Lunatic asylums in Bengal annual reports 1912-1924 - 1912-1924
Year: 1912
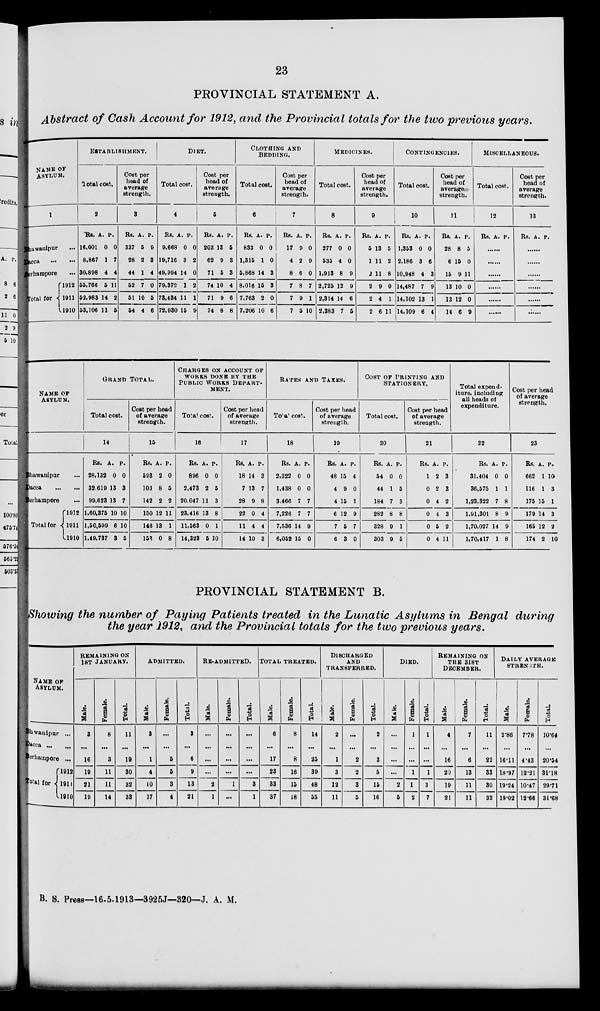
23
PROVINCIAL STATEMENT A.
Abstract of Cash Account for 1912, and the Provincial totals for the two previous years.
NAME OF
ASYLUM.
1
Bhawanipur ...
Dacca
...
...
Berhampore ...
Total for
1912
1911
1910
ESTABLISHMENT.
Total cost.
2
Rs.
16,001
8,867
30,898
55,766
52,983
53,106
A.
0
1
4
5
14
11
P.
0
7
4
11
2
5
Cost per
head of
average
strength.
3
Rs.
337
28
44
52
51
54
A.
5
2
1
7
10
4
P.
9
3
4
0
5
6
DIET.
Total cost.
4
Rs.
9,668
19,716
49,994
79,379
73,434
72,930
A.
0
3
14
1
11
15
P.
0
2
0
2
1
9
Cost per
head of
average
strength.
5
Rs.
203
62
71
74
71
74
A.
13
9
5
10
9
8
P.
5
3
3
4
6
8
CLOTHING AND
BEDDING.
Total cost.
6
Rs.
833
1,315
5,868
8,016
7,763
7,206
A.
0
1
14
15
2
10
P.
0
0
3
3
0
6
Cost per
head of
average
strength.
7
Rs.
17
4
8
7
7
7
A.
9
2
6
8
9
5
P.
0
9
0
7
1
10
MEDICINES.
Total cost.
8
Rs.
277
535
1,913
2,725
2,314
2,383
A..
0
4
8
12
14
7
P.
0
0
9
9
6
5
Cost per
head of
average
strength.
9
Rs.
5
1
2
2
2
2
A.
13
11
11
9
4
6
P.
5
2
8
0
1
11
CONTINGENCIES.
Total cost.
10
Rs.
1,353
2,186
10,948
14,487
14,102
14,109
A.
0
3
4
7
13
6
P.
0
6
3
9
1
4
Cost per
head of
averages-
strength.
11
Rs.
28
6
15
13
13
14
A.
8
15
9
10
12
6
P.
5
0
11
0
0
9
MISCELLANEOUS.
Total cost.
12
Rs. A. P.
......
......
......
......
......
......
Cost per
head of
average
strength.
13
Rs. A. P.
......
......
......
......
......
......
NAME OF
ASYLUM.
Bhawanipur ...
Dacca
...
...
Berhampore ...
Total for
1912
1911
1910
GRAND TOTAL.
Total cost.
14
Rs.
28,132
32,619
99,623
1,60,375
1,50,599
1,49,737
A.
0
13
13
10
6
3
P.
0
3
7
10
10
5
Cost per head
of average
strength.
15
Rs.
593
103
142
150
146
153
A.
2
8
2
12
13
0
P.
0
5
2
11
1
8
CHARGES ON ACCOUNT OF
WORKS DONE BY THE
PUBLIC WORKS DEPART-
----.
Total cost.
16
Rs.
896
2,473
20,047
23,416
11,563
14,323
A.
0
2
11
13
0
5
P.
0
5
3
8
1
10
Cost per head
of average
strength.
17
Rs.
18
7
28
22
11
14
A.
14
13
9
0
4
10
P.
3
7
8
4
4
3
RATES AND TAXES.
Total cost.
18
Rs.
2,322
1,438
3,466
7,226
7,536
6,052
A.
0
0
7
7
14
15
P.
0
0
7
7
9
0
Cost per head
of average
strength.
19
Rs.
48
4
4
6
7
6
A.
15
9
15
12
5
3
P.
4
0
1
9
7
0
COST OF PRINTING AND
STATIONERY.
Total cost.
20
Rs.
54
44
184
282
328
303
A.
0
1
7
8
9
9
P.
0
5
3
8
1
5
Cost per head
of average
strength.
21
Rs.
1
0
0
0
0
0
A.
2
2
4
4
5
4
P.
3
3
2
3
2
11
Total expend-
iture, including
all heads of
expenditure.
22
Rs.
31,404
36,575
1,23,322
1,61,301
1,70,027
1,70,417
A.
0
1
7
8
14
1
P.
0
1
8
9
9
8
Cost per head
of average
strength.
23
Rs.
662
116
175
179
165
174
A.
1
1
15
14
12
2
P.
10
3
1
3
2
10
PROVINCIAL STATEMENT B.
Showing the number of Paying Patients treated in the Lunatic Asylums in Bengal during
the year 1912, and the Provincial totals for the two previous years.
NAME OF
ASYLUM.
Bhwanipur ...
Dacca
Berhampore ...
Total for
1912
1911
1910
REMAINING ON
1ST JANUARY.
Male.
3
...
16
19
21
19
Female.
6
...
3
11
11
14
Total.
11
...
19
30
32
33
ADMITTED.
Male.
3
...
1
4
10
17
Female.
...
...
5
6
3
4
Total.
3
...
6
9
13
21
RE-ADMITTED.
Male.
...
...
...
...
2
1
Female.
...
...
...
...
1
...
Total.
...
...
...
...
3
1
TOTAL TREATED.
Male.
6
...
17
23
33
37
Female.
8
...
8
16
15
18
Total.
14
...
25
39
48
55
DISCHARGED
AND
TRANSFERRED.
Male.
2
...
1
3
12
11
Female.
...
...
2
2
3
5
Total.
2
...
3
5
15
16
DIED.
Male.
...
...
...
...
2
5
Female.
1
...
...
1
1
2
Total.
1
...
...
1
3
7
REMAINING ON
THE 31ST
DECEMBER.
Male.
4
...
16
20
19
21
Female.
7
...
6
13
11
11
Total.
11
...
22
33
30
32
DAILY AVERAGE
STRENGTH.
Male.
2.86
...
16.11
18.97
19.24
19.02
Female.
7.78
...
4.43
12.21
10.47
12.66
Total.
10.64
...
20.54
31.18
29.71
31.68
B. S. Press—16-5-1913—3925J—320—J. A. M.